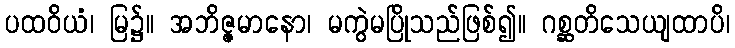
ပထဝိယံ၊ မြ၌။ အဘိဇ္ဇမာနော၊ မကွဲမပြိုသည်ဖြစ်၍။ ဂစ္ဆတိသေယျထာပိ၊